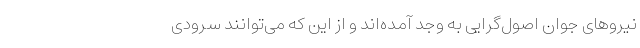
نیروهای جوان اصول‌گرایی به وجد آمده‌اند و از این که می‌توانند سرودی